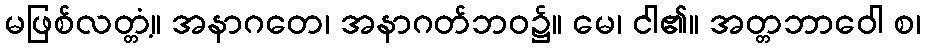
မဖြစ်လတ္တံ့။ အနာဂတေ၊ အနာဂတ်ဘဝ၌။ မေ၊ ငါ၏။ အတ္တဘာဝေါ စ၊